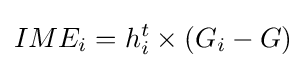
IME_{i}=h_{i}^{t}\times \left(G_{i}-G\right)